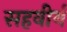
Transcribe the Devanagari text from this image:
सहवीर्यं